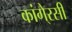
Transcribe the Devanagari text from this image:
कांगे्रसी